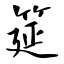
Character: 筵